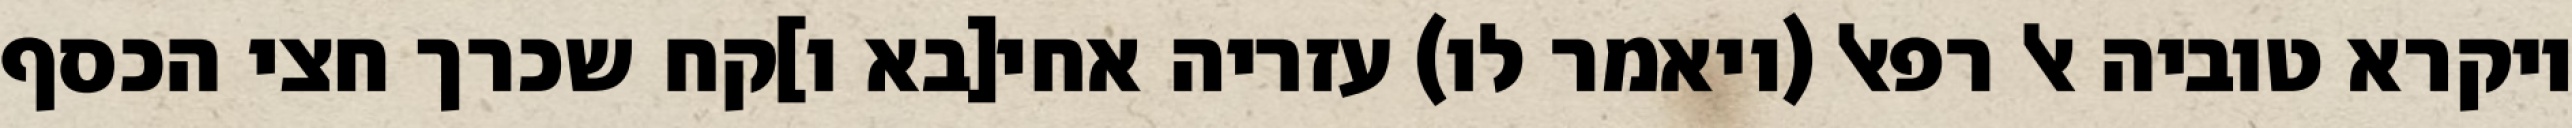
ויקרא טוביה אל רפאל (ויאמר לו) עזריה אחי[בא ו]קח שכרך חצי הכסף